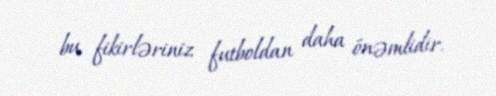
bu fikirləriniz futboldan daha önəmlidir.